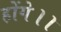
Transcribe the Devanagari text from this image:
होंगे।।